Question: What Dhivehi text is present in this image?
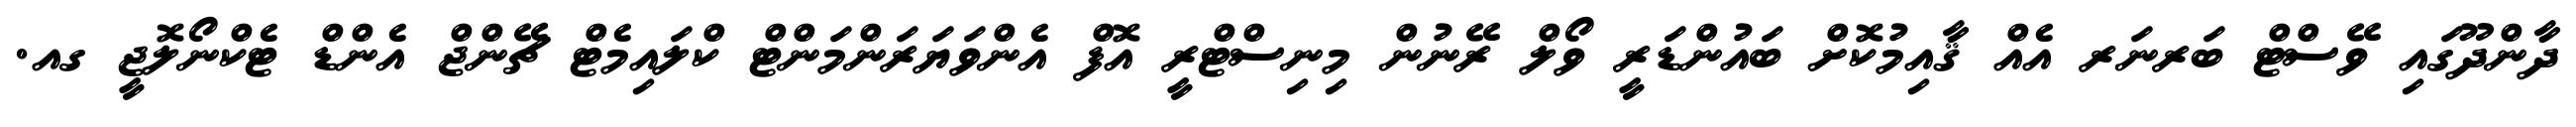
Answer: ދާންދޫގައި ވޭސްޓް ބަރނަރ އެއް ޤާއިމުކޮށް ބައުންޑަރީ ވޯލް ރޭނުން މިނިސްޓްރީ އޮފް އެންވަޔަރަންމަންޓް ކްލައިމެޓް ޗޭންޖް އެންޑް ޓެކްނޯލޮޖީ ގއ.